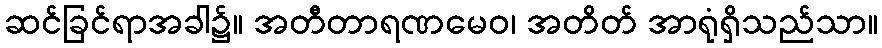
ဆင်ခြင်ရာအခါ၌။ အတီတာရဏမေဝ၊ အတိတ် အာရုံရှိသည်သာ။